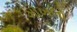
ગોખલો